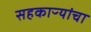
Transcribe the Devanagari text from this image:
सहकाऱ्यांचा